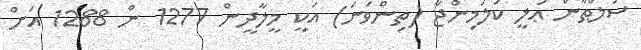
ސުލްޠާން ޢަލީ ކަލަމިންޖާ (ތިންވަނަ) އަކީ މީލާދީން 1277 ން 1288 އަށް